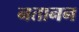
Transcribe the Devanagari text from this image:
नतानन